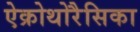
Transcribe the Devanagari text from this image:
ऐक्रोथोरैसिका